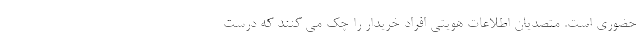
حضوری است. متصدیان اطلاعات هویتی افراد خریدار را چک می کنند که درست